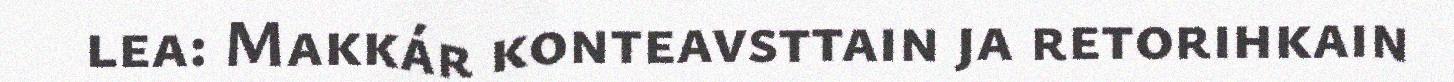
lea: Makkár konteavsttain ja retorihkain